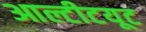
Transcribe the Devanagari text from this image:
आल्टीटयूट